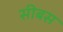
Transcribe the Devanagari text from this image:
सीबस